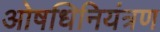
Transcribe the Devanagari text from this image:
ओषधिनियंत्रण